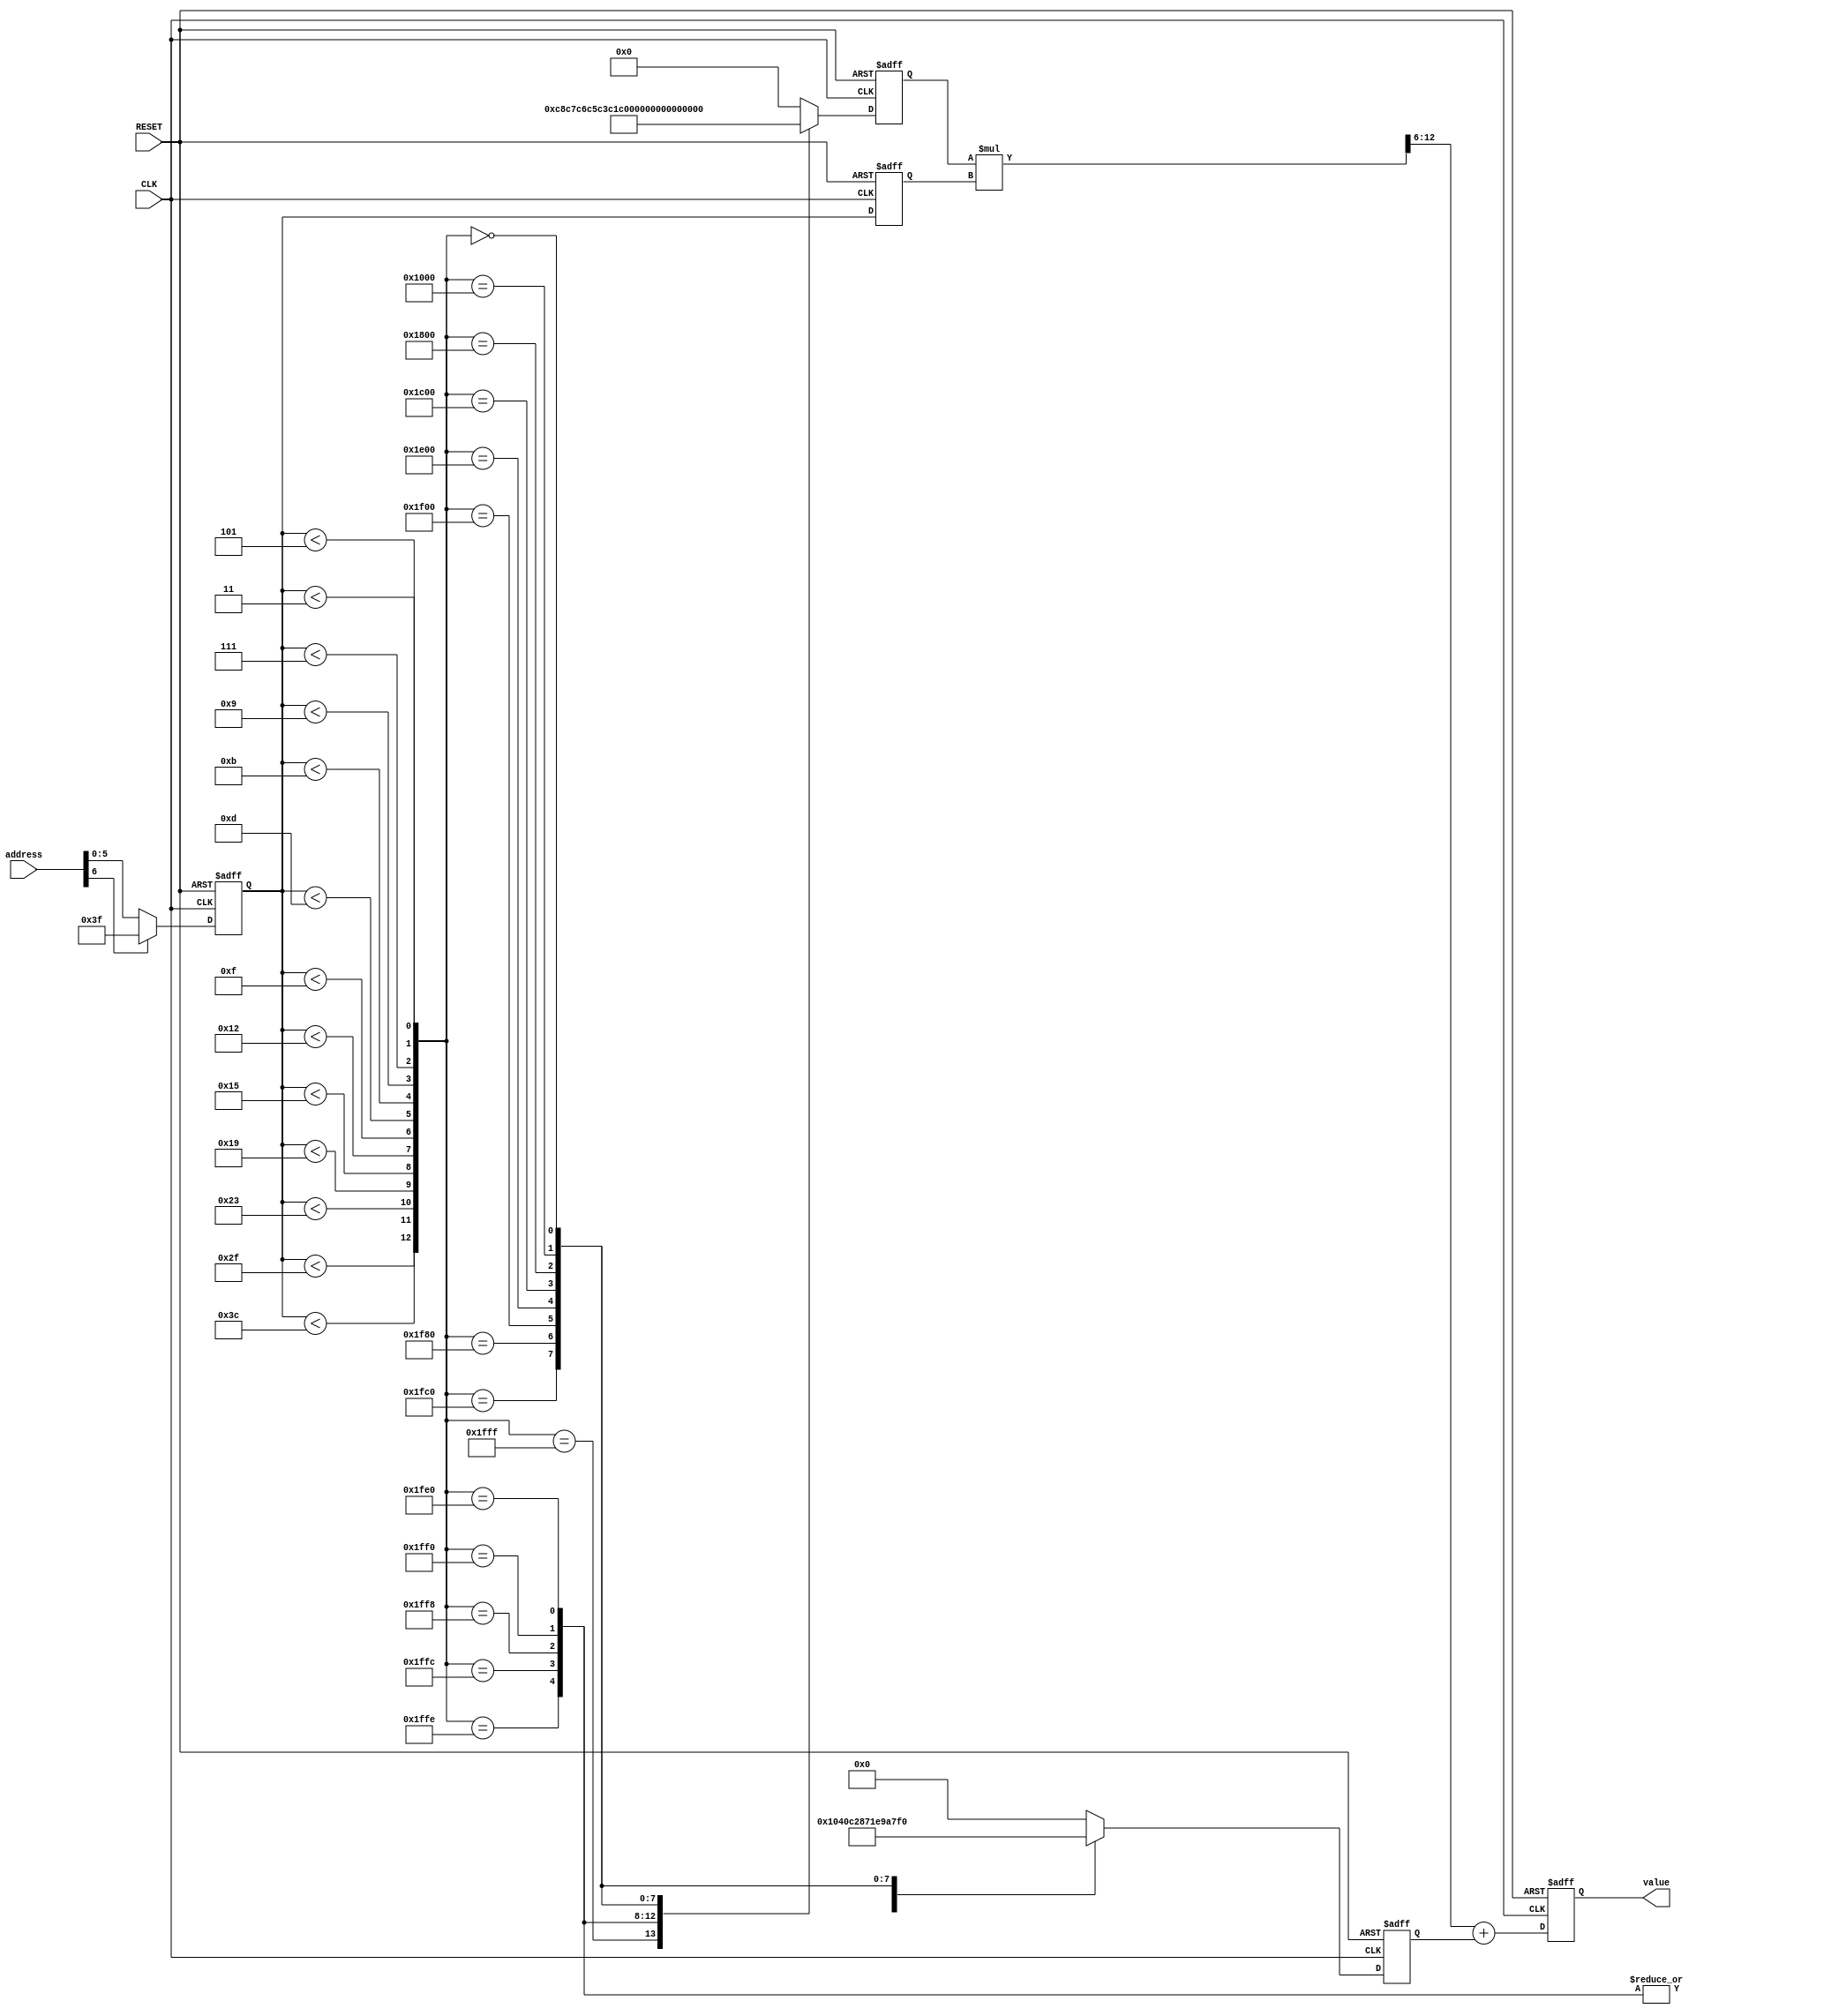
/***********************************************
Module Name:   Line_sin_0_90_frame
Feature:       Approx. sin function by lines
               Frame only for calling by generater 
               (DO NOT modify the file)
               to create the .v file
               An example for the book
Coder:         Garfield
Organization:  xxxx Group, Department of Architecture
------------------------------------------------------
Input ports:   clk: System clock
               Reset: System reset
               address: angle value displayed by address
                        (0 for 0 degree, maximum for 90 degree)
Output Ports:  vlaue: DDS output value, signed
------------------------------------------------------
History:
03-11-2016: First Version by Garfield
03-11-2016: Verified by Line_sin_0_90_test
***********************************************/

module line_sin_0_90
#(parameter ADDRESS_WIDTH = 8,
//Bit width for phase counter and step 
parameter VALUE_WIDTH = 8
//Output value's bit width
)
  ( 
    input CLK,
    input RESET,
    input[ADDRESS_WIDTH - 1 - 1: 0] address,
    output reg[VALUE_WIDTH - 1 - 1 : 0] value
  );

//Defination for Varables in the module
integer loop;
//Loop variable

reg[ADDRESS_WIDTH - 1 - 2: 0] intra_address;
//Intra address for calculation
//Change 90 degree to 111....111
//Cut the MSB
reg[ADDRESS_WIDTH - 1 - 2: 0] intra_address_delay;
//Delay for ceofficients selelction

reg[VALUE_WIDTH - 1 : 0] ceo_a;
//Fixed point 1.VALUE_WIDTH
reg[VALUE_WIDTH - 2 : 0] ceo_b;
//Fixed point 0.VALUE_WIDTH
//Ceofficients for the lines

wire[VALUE_WIDTH - 1 + 1 + ADDRESS_WIDTH - 2 - 1: 0] long_value;
//Long function value without truncation
//Lenght: a * address
wire[VALUE_WIDTH:0] short_value;
//Truncation value

//definition JUDGEMENTS and Ceofficients Constant
//Application part: Insert DEFINITION OF JUDGEMENTS and Ceofficients Constant(DO NOT REMOVE!)
//Below code/s was/were generated by the application
reg [12 : 0] judgements;
wire [7 : 0] a[13 : 0];
wire [6 : 0] b[13 : 0];
wire [5 : 0] points[12 : 0];
//Above code/s was/were generated by the application

//Logicals
//Costant Tables
//Application part: Insert Constant Tables (DO NOT REMOVE!)
//Below code/s was/were generated by the application
//Ceofficients a and b
assign a[0] = 8'b11001000;
assign b[0] = 7'b0000000;
assign a[1] = 8'b11000111;
assign b[1] = 7'b0000001;
assign a[2] = 8'b11000110;
assign b[2] = 7'b0000001;
assign a[3] = 8'b11000101;
assign b[3] = 7'b0000001;
assign a[4] = 8'b11000011;
assign b[4] = 7'b0000001;
assign a[5] = 8'b11000001;
assign b[5] = 7'b0000001;
assign a[6] = 8'b10111110;
assign b[6] = 7'b0000010;
assign a[7] = 8'b10111001;
assign b[7] = 7'b0000011;
assign a[8] = 8'b10110011;
assign b[8] = 7'b0000101;
assign a[9] = 8'b10101011;
assign b[9] = 7'b0000111;
assign a[10] = 8'b10010110;
assign b[10] = 7'b0001111;
assign a[11] = 8'b01101100;
assign b[11] = 7'b0100110;
assign a[12] = 8'b00110100;
assign b[12] = 7'b1001111;
assign a[13] = 8'b00001010;
assign b[13] = 7'b1110110;

//Connect points between lines
assign points[0] = 6'b000011;
assign points[1] = 6'b000101;
assign points[2] = 6'b000111;
assign points[3] = 6'b001001;
assign points[4] = 6'b001011;
assign points[5] = 6'b001101;
assign points[6] = 6'b001111;
assign points[7] = 6'b010010;
assign points[8] = 6'b010101;
assign points[9] = 6'b011001;
assign points[10] = 6'b100011;
assign points[11] = 6'b101111;
assign points[12] = 6'b111100;
//Above code/s was/were generated by the application

//Value calculation on the line
assign long_value = ceo_a * intra_address_delay;
assign short_value = 
        long_value[VALUE_WIDTH - 1 + 1 + ADDRESS_WIDTH - 2 - 1 : ADDRESS_WIDTH - 2]
           +{1'b0, ceo_b};

always @ (posedge CLK or negedge RESET)
//Address adjust: 90 degree operation
begin
    if (!RESET)
    //Reset enable
    begin
        intra_address <= {(ADDRESS_WIDTH - 1){1'b0}};
    end
    else
    begin
        if (address[ADDRESS_WIDTH - 1 -1])
        //90 degree
        begin
            intra_address <= {(ADDRESS_WIDTH - 2){1'b1}};
            //To 111...111
        end
        else
        begin
            intra_address <= address[ADDRESS_WIDTH - 1 - 2: 0]; 
            //Keep original value       	
        end
    end
end

always @ (posedge CLK or negedge RESET)
//Address delay: waiting for ceofficients selection
begin
    if (!RESET)
    //Reset enable
    begin
        intra_address_delay <= {(ADDRESS_WIDTH - 1){1'b0}};
    end
    else
    begin
        intra_address_delay <= intra_address;
    end
end

always @ (posedge CLK or negedge RESET)
//Ceofficients selection
begin
    if (!RESET)
    //Reset enable
    begin
        ceo_a <= {(VALUE_WIDTH + 1){1'b0}};
        ceo_b <= {(VALUE_WIDTH ){1'b0}};
    end
    else
    begin
        case(judgements)
//Application part: Insert Ceofficient Selection codes (DO NOT REMOVE!)        	
//Below code/s was/were generated by the application
        	13'b1111111111111:
        	begin
        	    ceo_a <= a[0];
        	    ceo_b <= b[0];
        	end

        	13'b1111111111110:
        	begin
        	    ceo_a <= a[1];
        	    ceo_b <= b[1];
        	end

        	13'b1111111111100:
        	begin
        	    ceo_a <= a[2];
        	    ceo_b <= b[2];
        	end

        	13'b1111111111000:
        	begin
        	    ceo_a <= a[3];
        	    ceo_b <= b[3];
        	end

        	13'b1111111110000:
        	begin
        	    ceo_a <= a[4];
        	    ceo_b <= b[4];
        	end

        	13'b1111111100000:
        	begin
        	    ceo_a <= a[5];
        	    ceo_b <= b[5];
        	end

        	13'b1111111000000:
        	begin
        	    ceo_a <= a[6];
        	    ceo_b <= b[6];
        	end

        	13'b1111110000000:
        	begin
        	    ceo_a <= a[7];
        	    ceo_b <= b[7];
        	end

        	13'b1111100000000:
        	begin
        	    ceo_a <= a[8];
        	    ceo_b <= b[8];
        	end

        	13'b1111000000000:
        	begin
        	    ceo_a <= a[9];
        	    ceo_b <= b[9];
        	end

        	13'b1110000000000:
        	begin
        	    ceo_a <= a[10];
        	    ceo_b <= b[10];
        	end

        	13'b1100000000000:
        	begin
        	    ceo_a <= a[11];
        	    ceo_b <= b[11];
        	end

        	13'b1000000000000:
        	begin
        	    ceo_a <= a[12];
        	    ceo_b <= b[12];
        	end

        	13'b0000000000000:
        	begin
        	    ceo_a <= a[13];
        	    ceo_b <= b[13];
        	end

//Above code/s was/were generated by the application
        	
        	default:
        	begin
        	   ceo_a <= {(VALUE_WIDTH + 1){1'b0}};
               ceo_b <= {(VALUE_WIDTH ){1'b0}}; 
        	end
        endcase
    end
end

always @ (posedge CLK or negedge RESET)
//Function value output
begin
    if (!RESET)
    //Reset enable
    begin
        value <= {(VALUE_WIDTH - 1){1'b0}};
    end
    else
    begin
        value <= short_value[VALUE_WIDTH - 1 : 0];
        //Truncation: MSB and tails
    end
end

//Judgement for which line here is
always @(*)
begin
//Application part: Insert Comparisons (DO NOT REMOVE!)
//Below code/s was/were generated by the application
    for (loop = 0; loop < 13; loop = loop + 1)
    begin
        judgements[loop] <= (intra_address < points[loop]);
    end
//Above code/s was/were generated by the application
end

endmodule